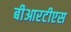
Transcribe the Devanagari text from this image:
बीआरटीएस